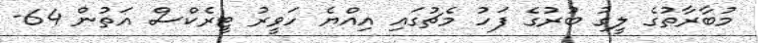
މުބާރާތުގެ ލީގު ބުރުގެ ފަހު މެޗުގައި އިއްޔެ ހަވީރު ޓީރެކްސް އަތުން 64-